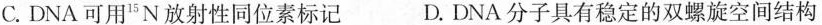
C.DNA可用^{15}N放射性同位素标记 D.DNA分子具有稳定的双螺旋空间结构